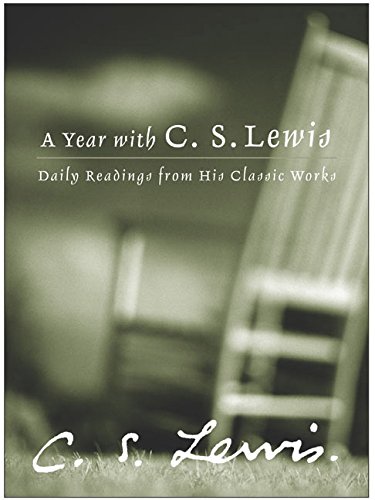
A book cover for A Year with C. S. Lewis: Daily Readings from His Classic Works; C. S. Lewis; Literature & Fiction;